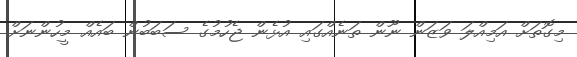
މިގޮތަށް އަމިއްލަ ވަޒަން ނޫން ތަނެއްގައި އުޅެން ޖެހުމުގެ ސަބަބުން ބައެއް މީހުންނަށް